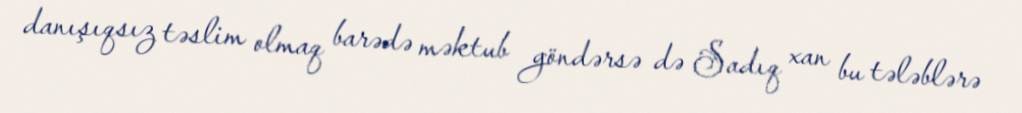
danışıqsız təslim olmaq barədə məktub göndərsə də Sadıq xan bu tələblərə